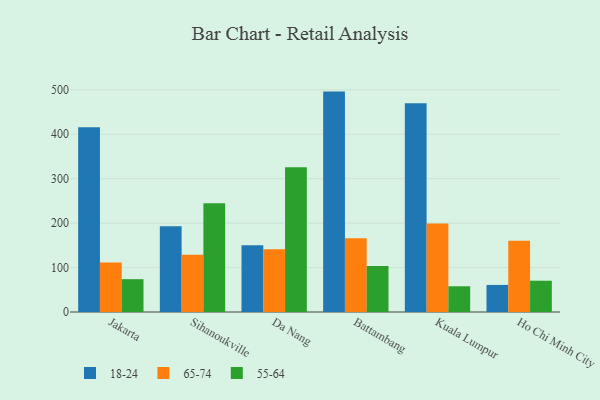
{"axis": {"x": "City", "y": "Conversion Rate (%)"}, "legend": ["18-24", "55-64", "65-74"], "data": [{"x": "Jakarta", "y": 415.6, "type": "18-24"}, {"x": "Jakarta", "y": 111.4, "type": "65-74"}, {"x": "Jakarta", "y": 73.9, "type": "55-64"}, {"x": "Sihanoukville", "y": 193.0, "type": "18-24"}, {"x": "Sihanoukville", "y": 128.7, "type": "65-74"}, {"x": "Sihanoukville", "y": 244.9, "type": "55-64"}, {"x": "Da Nang", "y": 150.2, "type": "18-24"}, {"x": "Da Nang", "y": 141.1, "type": "65-74"}, {"x": "Da Nang", "y": 326.0, "type": "55-64"}, {"x": "Battambang", "y": 496.1, "type": "18-24"}, {"x": "Battambang", "y": 166.2, "type": "65-74"}, {"x": "Battambang", "y": 103.8, "type": "55-64"}, {"x": "Kuala Lumpur", "y": 470.0, "type": "18-24"}, {"x": "Kuala Lumpur", "y": 199.1, "type": "65-74"}, {"x": "Kuala Lumpur", "y": 57.9, "type": "55-64"}, {"x": "Ho Chi Minh City", "y": 60.9, "type": "18-24"}, {"x": "Ho Chi Minh City", "y": 160.4, "type": "65-74"}, {"x": "Ho Chi Minh City", "y": 70.4, "type": "55-64"}]}